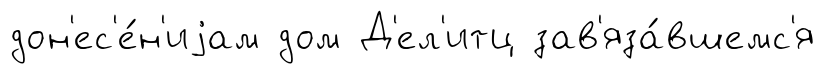
дон'ес'е́н'иjам дом Д'ел'итц зав'яза́вшемс'я